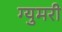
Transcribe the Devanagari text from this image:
ग्युमरी